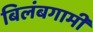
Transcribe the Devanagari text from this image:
बिलंबगामी